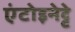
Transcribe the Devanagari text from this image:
एंटोइनेट्टे